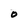
Character: 0